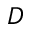
\boldsymbol { D }